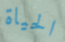
الحياة